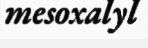
mesoxalyl